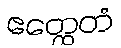
ဧတ္ထေတံ